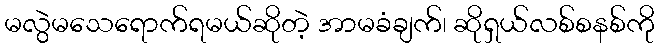
မလွဲမသေရောက်ရမယ်ဆိုတဲ့ အာမခံချက်၊ ဆိုရှယ်လစ်စနစ်ကို